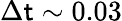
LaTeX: \Delta\mathsf{t}\sim0.03